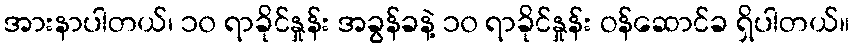
အားနာပါတယ်၊ ၁၀ ရာခိုင်နှုန်း အခွန်ခနဲ့ ၁၀ ရာခိုင်နှုန်း ဝန်ဆောင်ခ ရှိပါတယ်။